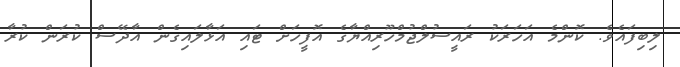
ލިބިފައެވެ. ކޮންމެ އަހަރަކު ރައީސުލްޖުމްހޫރިއްޔާގެ އޮފީހަށް ޓައި އަޅާލައިގެން އާދޭސް ކުރަން ކުރާ